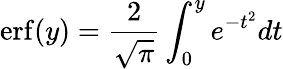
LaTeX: \mathrm{erf}(y)=\frac{2}{\sqrt{\pi}}\int_{0}^{y}e^{-t^{2}}dt